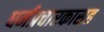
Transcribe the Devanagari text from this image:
धर्मप्रचारकासह